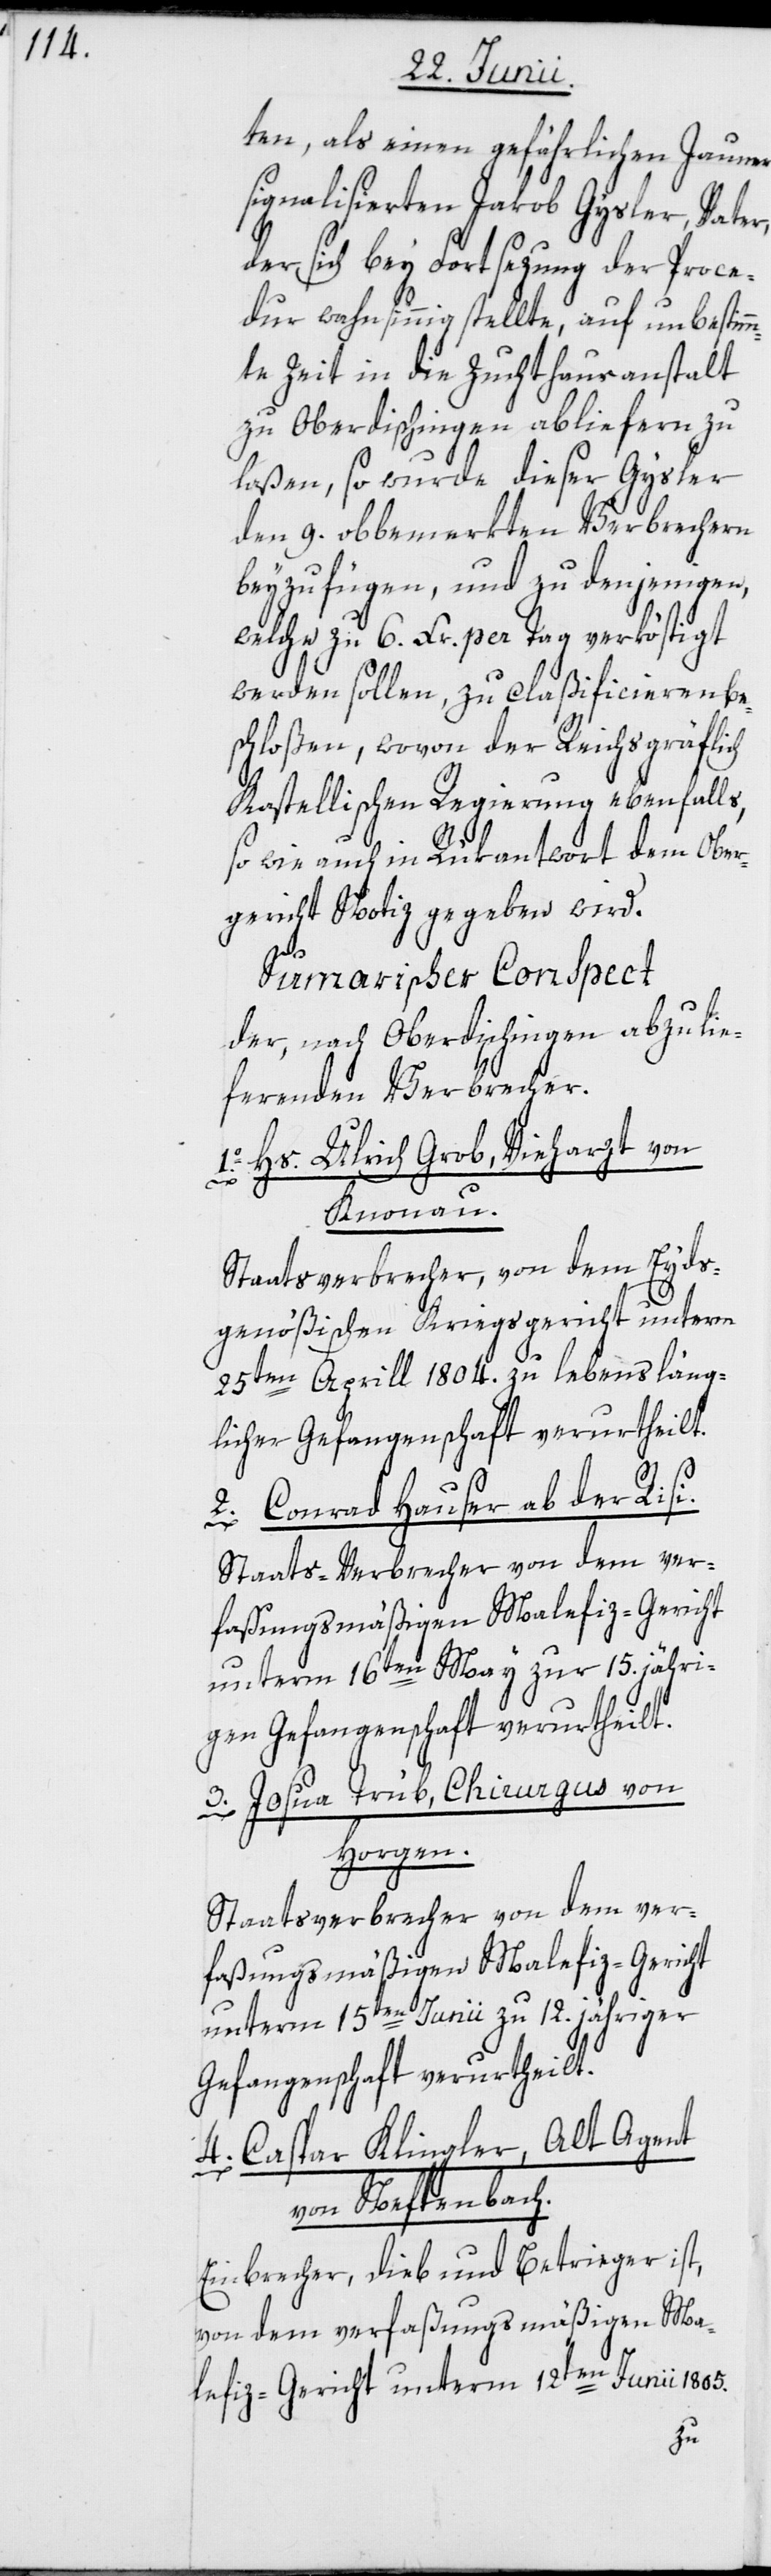
ten, als einen gefährlichen Jauner
signalisierten Jakob Gysler, Vater,
der sich bey Fortsezung der Proce¬
dur wahnsinnig stellte, auf unbestimm¬
te Zeit in die Zuchthausanstalt
zu Oberdischingen abliefern zu
laßen, so wurde dieser Gysler
den 9. obbemerkten Verbrechern
beyzufügen, und zu denjenigen,
welche zu 6. Xr. per Tag verköstigt
werden sollen, zu claßificieren be¬
schloßen, wovon der Reichsgräflich
Kastellischen Regierung ebenfalls,
so wie auch in Rükantwort dem Ober¬
gericht Notiz gegeben wird.
Sumarischer Conspect
der nach Oberdischingen abzulie¬
ferenden Verbrecher.
1o. Hs. Ulrich Grob, Vieharzt von
Knonau.
Staatsverbrecher, von dem Eyds¬
genößischen Kriegsgericht unterm
25ten Aprill 1804. zu lebensläng¬
licher Gefangenschaft verurtheilt.
2. Conrad Hauser ab der Risi.
Staats-Verbrecher von dem ver¬
faßungsmäßigen Malefiz-Gericht
unterm 16ten May zur 15. jähri¬
gen Gefangenschaft verurtheilt.
3. Josua Trüb, Chirurgus von
Horgen.
Staatsverbrecher von dem ver¬
faßungsmäßigen Malefiz-Gericht
unterm 15ten Junii zu 12. jähriger
Gefangenschaft verurtheilt.
4. Caspar Klingler, Alt Agent
von Neftenbach.
Einbrecher, Dieb und Betrieger ist,
von dem verfaßungsmäßigen Ma¬
n Junii 1805.
lefiz-Gericht unterm 12te¬